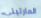
المارتيني